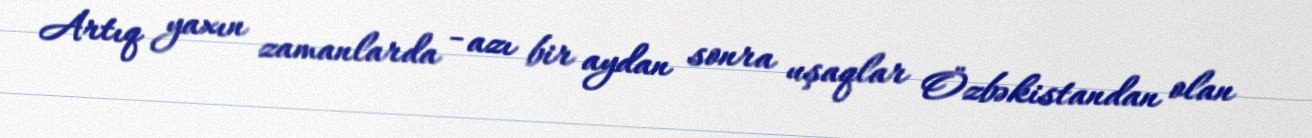
Artıq yaxın zamanlarda - azı bir aydan sonra uşaqlar Özbəkistandan olan